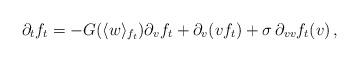
LaTeX: \begin{align*}\partial_t f_t = - G( \langle w \rangle_{f_t}) \partial_v f_t + \partial_v (vf_t) + \sigma\,\partial_{vv}f_t(v)\,,\end{align*}